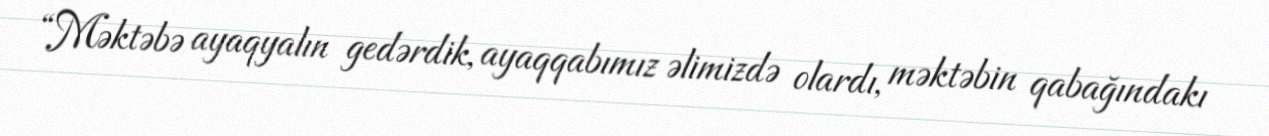
“Məktəbə ayaqyalın gedərdik, ayaqqabımız əlimizdə olardı, məktəbin qabağındakı